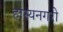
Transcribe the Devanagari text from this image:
हास्यनगरी